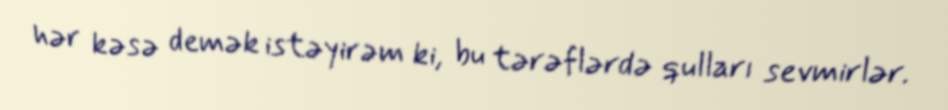
hər kəsə demək istəyirəm ki, bu tərəflərdə qulları sevmirlər.